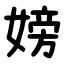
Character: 嫎